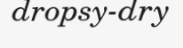
dropsy-dry